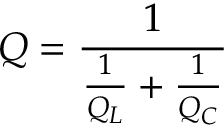
Q = { \frac { 1 } { { \frac { 1 } { Q _ { L } } } + { \frac { 1 } { Q _ { C } } } } }